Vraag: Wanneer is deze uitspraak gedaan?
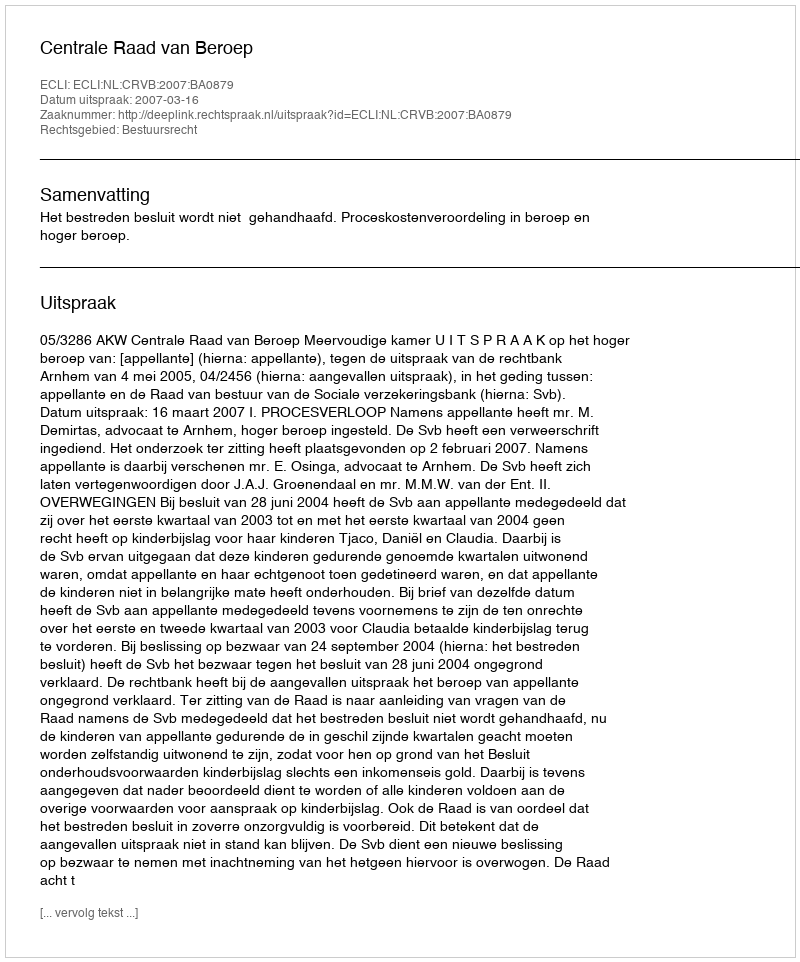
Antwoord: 2007-03-16